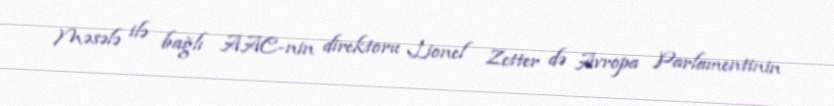
Məsələ ilə bağlı AAC-nin direktoru Lionel Zetter də Avropa Parlamentinin